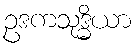
ဥဒကသုဒ္ဓိယာ